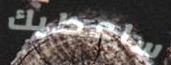
ساعطيك